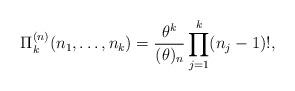
LaTeX: \begin{align*}\Pi_k^{(n)}(n_1, \ldots,n_k)=\frac{\theta^k}{(\theta)_n} \prod_{j=1}^k(n_j-1)!,\end{align*}